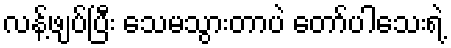
လန့်ဖျပ်ပြီး သေမသွားတာပဲ တော်ပါသေးရဲ့